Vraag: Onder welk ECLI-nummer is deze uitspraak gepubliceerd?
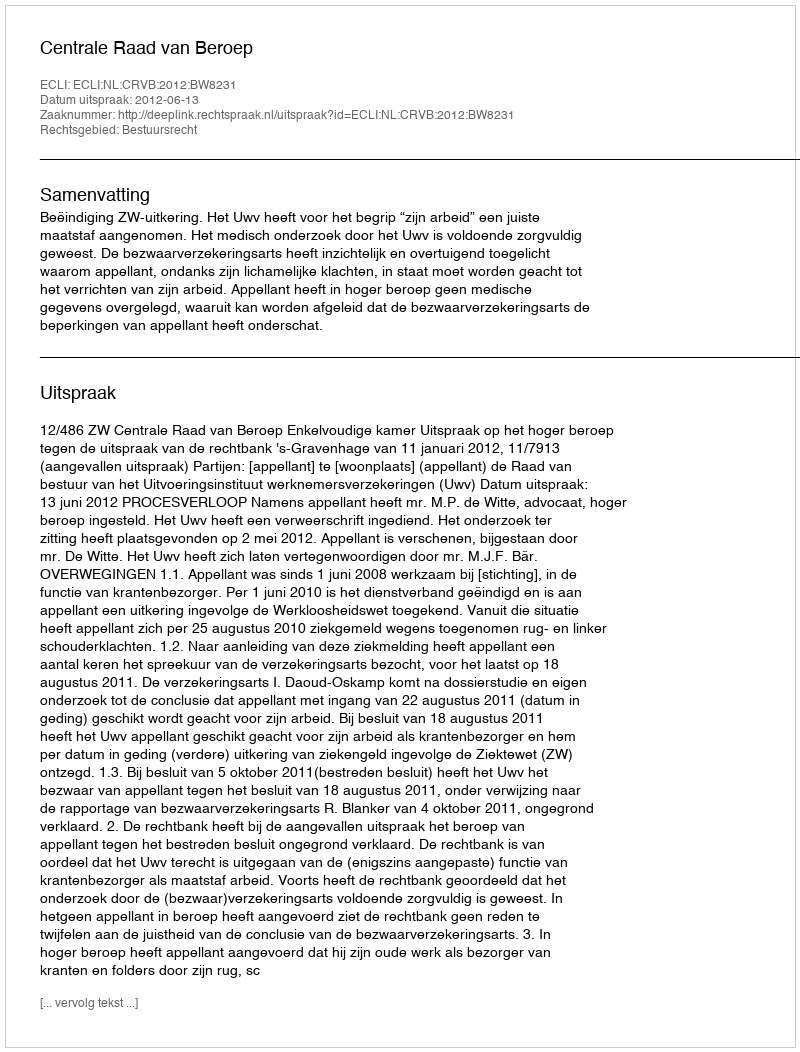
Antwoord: ECLI:NL:CRVB:2012:BW8231